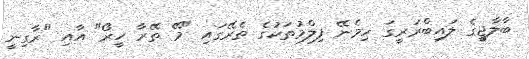
ބާލާޖީގެ ލައިބްރަރީގަ ހިމެނޭ ފިލްމުތަކުގެ ތެރޭގައި "މޭ ތޭރާ ހީރޯ" އާއި "ރާގިނީ